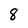
Character: 8